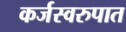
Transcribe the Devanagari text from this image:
कर्जस्वरुपात